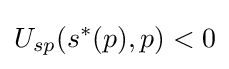
U_{sp}(s^{\ast }(p),p)<0